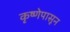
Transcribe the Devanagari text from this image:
कृष्णेपासून